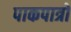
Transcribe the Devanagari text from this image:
पाकपात्रों